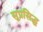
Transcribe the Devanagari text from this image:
सूप्रसिद्ध